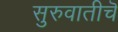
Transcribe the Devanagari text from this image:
सुरुवातीचॆ